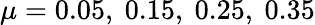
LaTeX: \mu=0.05,\ 0.15,\ 0.25,\ 0.35